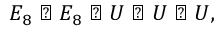
E _ { 8 } \perp E _ { 8 } \perp { \cal U } \perp { \cal U } \perp { \cal U } ,